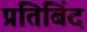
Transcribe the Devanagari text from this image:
प्रतिबिंद